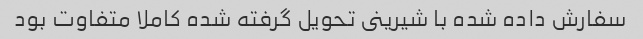
سفارش داده شده با شیرینى تحویل گرفته شده کاملا متفاوت بود